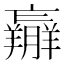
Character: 𦏝